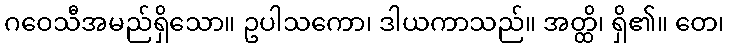
ဂဝေသီအမည်ရှိသော။ ဥပါသကော၊ ဒါယကာသည်။ အတ္ထိ၊ ရှိ၏။ တေ၊